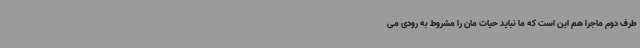
طرف دوم ماجرا هم این است که ما نباید حیات مان را مشروط به رودی می